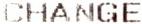
CHANGE